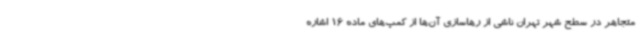
متجاهر در سطح شهر تهران ناشی از رهاسازی آن‌ها از کمپ‌های ماده 16 اشاره